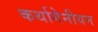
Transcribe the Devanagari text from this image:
कर्थागेनीयन